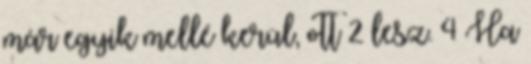
már egyik mellé kerül, ott 2 lesz. 4 Ha